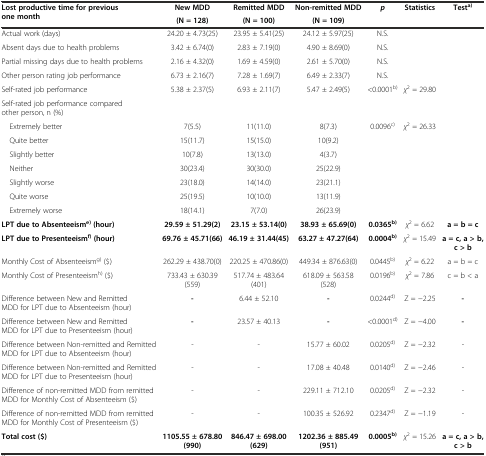
<table><thead><tr><td rowspan="2"><b>Lost productive time for previous one month</b></td><td><b>New MDD</b></td><td><b>Remitted MDD</b></td><td><b>Non-remitted MDD</b></td><td rowspan="2"><b><i>p</i></b></td><td rowspan="2"><b>Statistics</b></td><td rowspan="2"><b>Test<sup>a)</sup></b></td></tr><tr><td><b>(N = 128)</b></td><td><b>(N = 100)</b></td><td><b>(N = 109)</b></td></tr></thead><tbody><tr><td>Actual work (days)</td><td>24.20 ± 4.73(25)</td><td>23.95 ± 5.41(25)</td><td>24.12 ± 5.97(25)</td><td>N.S.</td><td></td><td></td></tr><tr><td>Absent days due to health problems</td><td>3.42 ± 6.74(0)</td><td>2.83 ± 7.19(0)</td><td>4.90 ± 8.69(0)</td><td>N.S.</td><td></td><td></td></tr><tr><td>Partial missing days due to health problems</td><td>2.16 ± 4.32(0)</td><td>1.69 ± 4.59(0)</td><td>2.61 ± 5.70(0)</td><td>N.S.</td><td></td><td></td></tr><tr><td>Other person rating job performance</td><td>6.73 ± 2.16(7)</td><td>7.28 ± 1.69(7)</td><td>6.49 ± 2.33(7)</td><td>N.S.</td><td></td><td></td></tr><tr><td>Self-rated job performance</td><td>5.38 ± 2.37(5)</td><td>6.93 ± 2.11(7)</td><td>5.47 ± 2.49(5)</td><td>&lt;0.0001<sup>b)</sup></td><td><i>χ</i><sup>2</sup> = 29.80</td><td></td></tr><tr><td>Self-rated job performance compared other person, n (%)</td><td></td><td></td><td></td><td></td><td></td><td></td></tr><tr><td> Extremely better</td><td>7(5.5)</td><td>11(11.0)</td><td>8(7.3)</td><td>0.0096<sup>c)</sup></td><td><i>χ</i><sup>2</sup> = 26.33</td><td></td></tr><tr><td> Quite better</td><td>15(11.7)</td><td>15(15.0)</td><td>10(9.2)</td><td></td><td></td><td></td></tr><tr><td> Slightly better</td><td>10(7.8)</td><td>13(13.0)</td><td>4(3.7)</td><td></td><td></td><td></td></tr><tr><td> Neither</td><td>30(23.4)</td><td>30(30.0)</td><td>25(22.9)</td><td></td><td></td><td></td></tr><tr><td> Slightly worse</td><td>23(18.0)</td><td>14(14.0)</td><td>23(21.1)</td><td></td><td></td><td></td></tr><tr><td> Quite worse</td><td>25(19.5)</td><td>10(10.0)</td><td>13(11.9)</td><td></td><td></td><td></td></tr><tr><td> Extremely worse</td><td>18(14.1)</td><td>7(7.0)</td><td>26(23.9)</td><td></td><td></td><td></td></tr><tr><td><b>LPT due to Absenteeism</b><sup><b>e)</b></sup><b>(hour)</b></td><td><b>29.59 ± 51.29(2)</b></td><td><b>23.15 ± 53.14(0)</b></td><td><b>38.93 ± 65.69(0)</b></td><td><b>0.0365</b><sup><b>b)</b></sup></td><td><i>χ</i><sup>2</sup> = 6.62</td><td><b>a = b = c</b></td></tr><tr><td><b>LPT due to Presenteeism</b><sup><b>f)</b></sup><b>(hour)</b></td><td><b>69.76 ± 45.71(66)</b></td><td><b>46.19 ± 31.44(45)</b></td><td><b>63.27 ± 47.27(64)</b></td><td><b>0.0004</b><sup><b>b)</b></sup></td><td><i>χ</i><sup>2</sup> = 15.49</td><td><b>a = c, a &gt; b, c &gt; b</b></td></tr><tr><td>Monthly Cost of Absenteeism<sup>g)</sup> ($)</td><td>262.29 ± 438.70(0)</td><td>220.25 ± 470.86(0)</td><td>449.34 ± 876.63(0)</td><td>0.0445<sup>b)</sup></td><td><i>χ</i><sup>2</sup> = 6.22</td><td>a = b = c</td></tr><tr><td>Monthly Cost of Presenteeism<sup>h)</sup> ($)</td><td>733.43 ± 630.39(559)</td><td>517.74 ± 483.64(401)</td><td>618.09 ± 563.58(528)</td><td>0.0196<sup>b)</sup></td><td><i>χ</i><sup>2</sup> = 7.86</td><td>c = b &lt; a</td></tr><tr><td>Difference between New and Remitted MDD for LPT due to Absenteeism (hour)</td><td><b>-</b></td><td>6.44 ± 52.10</td><td><b>-</b></td><td>0.0244<sup>d)</sup></td><td>Z = −2.25</td><td><b>-</b></td></tr><tr><td>Difference between New and Remitted MDD for LPT due to Presenteeism (hour)</td><td><b>-</b></td><td>23.57 ± 40.13</td><td><b>-</b></td><td>&lt;0.0001<sup>d)</sup></td><td>Z = −4.00</td><td><b>-</b></td></tr><tr><td>Difference between Non-remitted and Remitted MDD for LPT due to Absenteeism (hour)</td><td>-</td><td>-</td><td>15.77 ± 60.02</td><td>0.0205<sup>d)</sup></td><td>Z = −2.32</td><td>-</td></tr><tr><td>Difference between Non-remitted and Remitted MDD for LPT due to Presenteeism (hour)</td><td>-</td><td>-</td><td>17.08 ± 40.48</td><td>0.0140<sup>d)</sup></td><td>Z = −2.46</td><td>-</td></tr><tr><td>Difference of non-remitted MDD from remitted MDD for Monthly Cost of Absenteeism ($)</td><td>-</td><td>-</td><td>229.11 ± 712.10</td><td>0.0205<sup>d)</sup></td><td>Z = −2.32</td><td>-</td></tr><tr><td>Difference of non-remitted MDD from remitted MDD for Monthly Cost of Presenteeism ($)</td><td>-</td><td>-</td><td>100.35 ± 526.92</td><td>0.2347<sup>d)</sup></td><td>Z = −1.19</td><td>-</td></tr><tr><td><b>Total cost ($)</b></td><td><b>1105.55 ± 678.80(990)</b></td><td><b>846.47 ± 698.00(629)</b></td><td><b>1202.36 ± 885.49(951)</b></td><td><b>0.0005</b><sup><b>b)</b></sup></td><td><i>χ</i><sup>2</sup> = 15.26</td><td><b>a = c, a &gt; b, c &gt; b</b></td></tr></tbody></table>